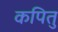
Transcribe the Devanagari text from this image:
कपितु